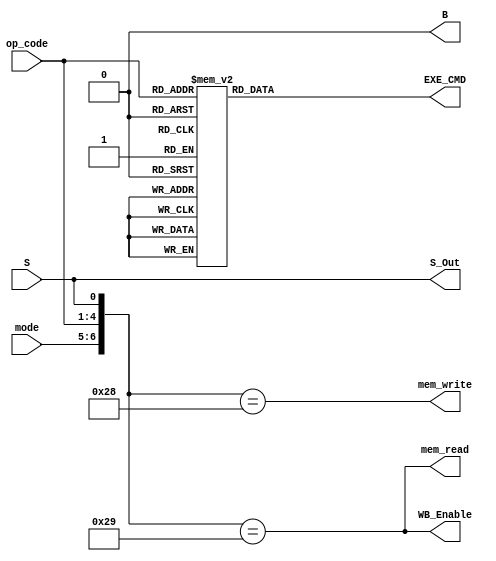
module Control_Unit (
  input[1:0] mode,
  input[3:0] op_code,
  input S,
  output reg[3:0] EXE_CMD,
  output B, mem_write, mem_read, WB_Enable, S_Out
);
  always @(*) begin
    case (op_code)
      4'b1101:   EXE_CMD <= 4'b0001;  //MOV
      4'b1111:   EXE_CMD <= 4'b1001;  //MVN
      4'b0100:   EXE_CMD <= 4'b0010;  //ADD
      4'b0101:   EXE_CMD <= 4'b0011;  //ADC
      4'b0010:   EXE_CMD <= 4'b0100;  //SUB
      4'b0110:   EXE_CMD <= 4'b0101;  //SBC
      4'b0000:   EXE_CMD <= 4'b0110;  //AND
      4'b1100:   EXE_CMD <= 4'b0111;  //ORR
      4'b0001:   EXE_CMD <= 4'b1000;  //EOR
      4'b1010:   EXE_CMD <= 4'b0100;  //CMP
      4'b1000:   EXE_CMD <= 4'b0110;  //TST
      //4'b0100:   EXE_CMD <= 4'b0010;  //LDR
      //4'b0100:   EXE_CMD <= 4'b0010;  //STR
      default:  EXE_CMD <= 4'b0;
    endcase 
  end

	assign S_Out = S;
	assign B = mode == 10;
	assign mem_read = {mode, op_code, S} == 7'b0101001;
	assign mem_write = {mode, op_code, S} == 7'b0101000;
  assign WB_Enable = {mode, op_code, S} == 7'b0101001;
  
endmodule